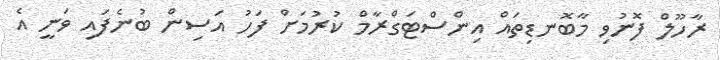
ރާހޫލް ފޮނުވި މާބޮނޑިތައް އިންސްޓަގްރާމް ކުރުމަށް ފަހު އަސިން ބުނެފައި ވަނީ އެ